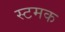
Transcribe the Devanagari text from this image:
स्टमक